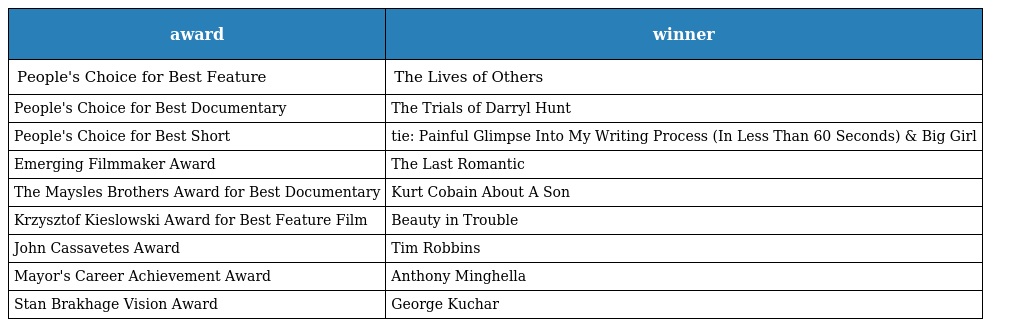
| award | winner |
 | --- | --- |
 | People's Choice for Best Feature | The Lives of Others |
 | People's Choice for Best Documentary | The Trials of Darryl Hunt |
 | People's Choice for Best Short | tie: Painful Glimpse Into My Writing Process (In Less Than 60 Seconds) & Big Girl |
 | Emerging Filmmaker Award | The Last Romantic |
 | The Maysles Brothers Award for Best Documentary | Kurt Cobain About A Son |
 | Krzysztof Kieslowski Award for Best Feature Film | Beauty in Trouble |
 | John Cassavetes Award | Tim Robbins |
 | Mayor's Career Achievement Award | Anthony Minghella |
 | Stan Brakhage Vision Award | George Kuchar |